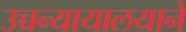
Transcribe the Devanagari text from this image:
उच्चन्यायालयाने